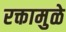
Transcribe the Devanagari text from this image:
रक्तामुळे